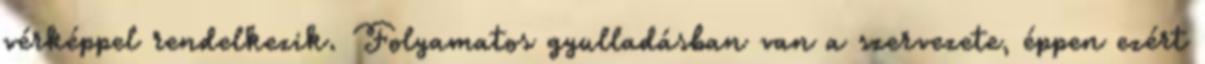
vérképpel rendelkezik. Folyamatos gyulladásban van a szervezete, éppen ezért